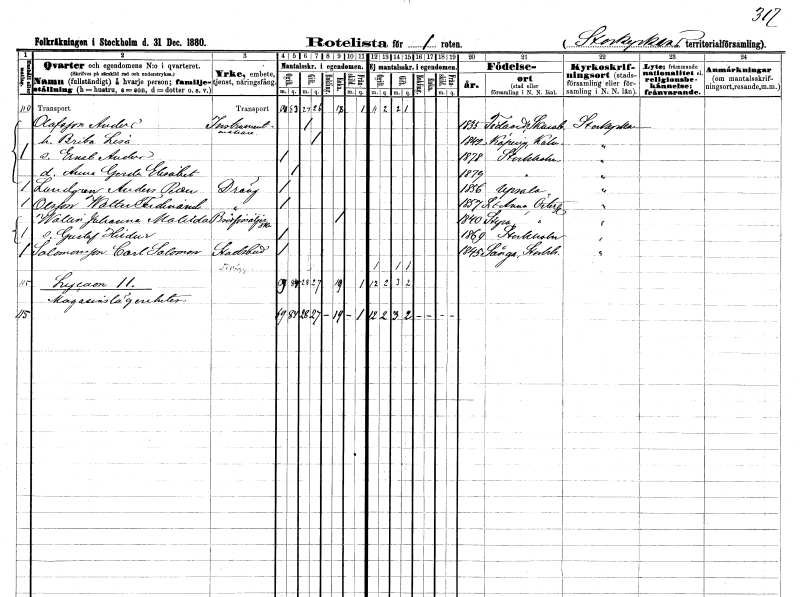
gt_parse: households: individuals: FN: Anders
EN: Olofsson
YRKE: Instrumentmakare
KON: M
CIV: G
FODAR: 1835
FODFORS: Tidavad Skaraborgs län
FN: Brita Lisa
KON: K
CIV: G
FODAR: 1842
FODFORS: Köping Kalmar län
FN: Ernst Anders
KON: M
CIV: O
FODAR: 1878
FODFORS: Stockholm
FN: Anna Gerda Elisabet
KON: K
CIV: O
FODAR: 1879
FODFORS: Stockholm
FN: Anders Petter
EN: Lundgren
YRKE: Dräng
KON: M
CIV: O
FODAR: 1856
FODFORS: Uppsala Uppsala län
FN: Walter Ferdinand
EN: Olsson
YRKE: Dräng
KON: M
CIV: O
FODAR: 1857
FODFORS: Sankt Anna Östergötlands län
FN: Johanna Matilda
EN: Wallin
YRKE: Brödförsäljerska
KON: K
CIV: E
FODAR: 1840
FODFORS: Styra Östergötlands län
FN: Gustaf Hildur
KON: M
CIV: O
FODAR: 1869
FODFORS: Stockholm
FN: Carl Salomon
EN: Salomonsson
YRKE: Stadsbud
KON: M
CIV: O
FODAR: 1845
FODFORS: Sånga Stockholms län